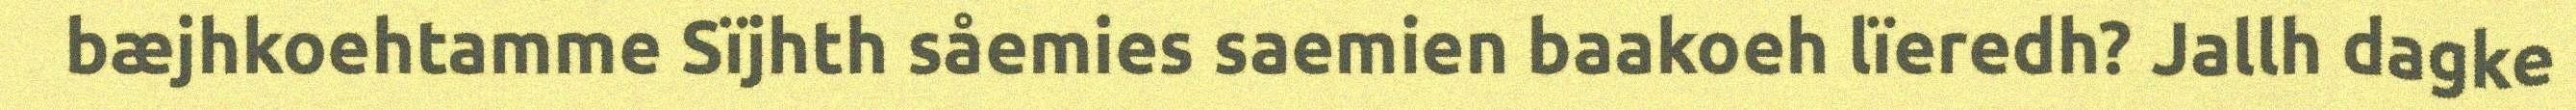
bæjhkoehtamme Sïjhth såemies saemien baakoeh lïeredh? Jallh dagke